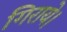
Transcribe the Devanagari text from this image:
गिराये।